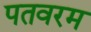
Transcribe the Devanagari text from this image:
पतवरम